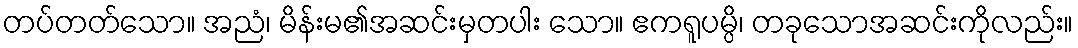
တပ်တတ်သော။ အညံ၊ မိန်းမ၏အဆင်းမှတပါး သော။ ဧကရူပမ္ပိ၊ တခုသောအဆင်းကိုလည်း။